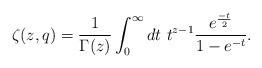
LaTeX: \begin{align*}\zeta(z,q)=\frac{1}{\Gamma(z)}\int^{\infty}_{0}dt ~t^{z-1}\frac{e^{\frac{-t}{2}}}{1-e^{-t}}.\end{align*}